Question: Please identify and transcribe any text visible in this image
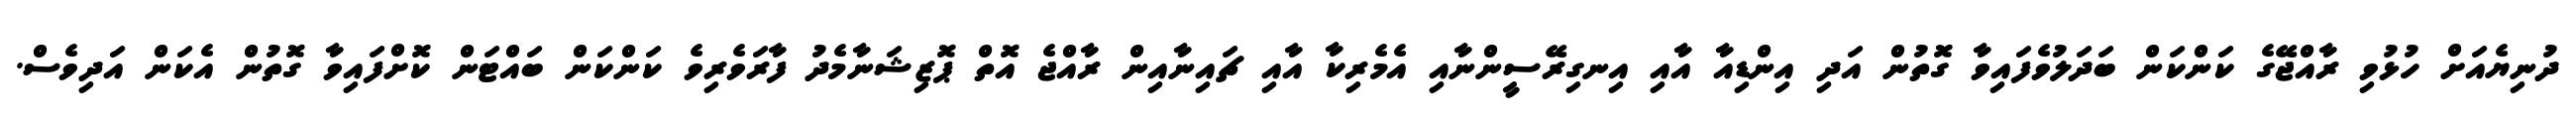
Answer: ދުނިޔެއަށް ހުޅުވި ރާއްޖޭގެ ކަންކަން ބަދަލުވެފައިވާ ގޮތުން އަދި އިންޑިއާ އާއި އިނގިރޭސީންނާއި އެމެރިކާ އާއި ޗައިނާއިން ރާއްޖެ އޮތް ޕޮޒިޝަނާމެދު ފާރަވެރިވެ ކަންކަން ބައްޓަން ކޮށްފައިވާ ގޮތުން އެކަން އަދިވެސް.